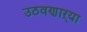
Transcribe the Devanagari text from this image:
उठवणाऱ्या